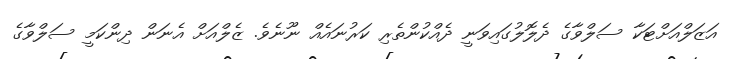
އަޒަލްއަށްޓަކާ ސަލްވާގެ ދެލޮލުގައިވަނީ ދެއްކުންތެރި ކަރުނައެއް ނޫނެވެ. ޒެލްއަށް އެނަން ދިންކަމީ ސަލްވާގެ